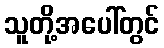
သူတို့အပေါ်တွင်